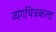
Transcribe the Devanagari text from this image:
व्यंगचित्रकला